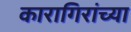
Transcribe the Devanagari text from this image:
कारागिरांच्या